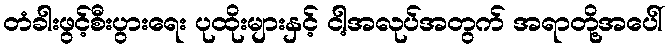
တံခါးဖွင့်စီးပွားရေး ပုထိုးများနှင့် ငါ့အလုပ်အတွက် အရာတို့အပေါ်